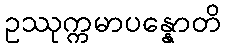
ဥဿုက္ကမာပန္နောတိ